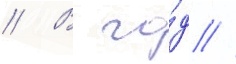
// В го́д //